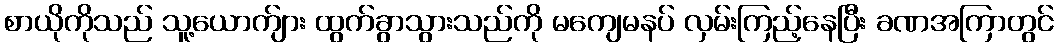
စာယိုကိုသည် သူ့ယောက်ျား ထွက်ခွာသွားသည်ကို မကျေမနပ် လှမ်းကြည့်နေပြီး ခဏအကြာတွင်